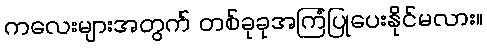
ကလေးများအတွက် တစ်ခုခုအကြံပြုပေးနိုင်မလား။